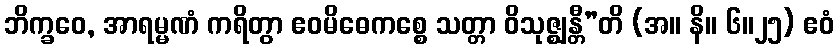
ဘိက္ခဝေ, အာရမ္မဏံ ကရိတွာ ဧဝမိဓေကစ္စေ သတ္တာ ဝိသုဇ္ဈန္တီ”တိ (အ။ နိ။ ၆။၂၅) ဧဝံ